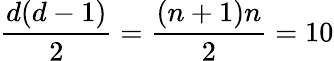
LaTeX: \frac{d(d-1)}{2}=\frac{(n+1)n}{2}=10